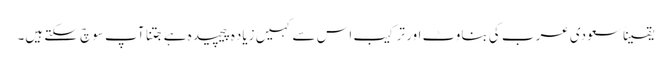
یقیناً سعودی عرب کی بناوٹ اور ترکیب اس سے کہیں زیاده پیچیده ہے جتنا آپ سوچ سکتے ہیں۔